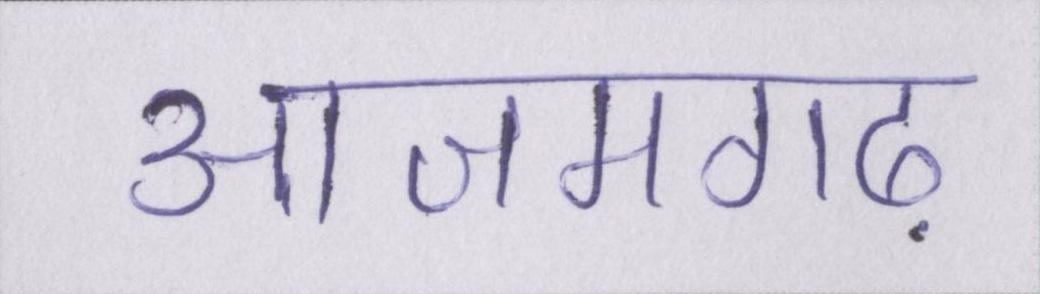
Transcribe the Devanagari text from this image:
आजमगढ़